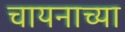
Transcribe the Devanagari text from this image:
चायनाच्या